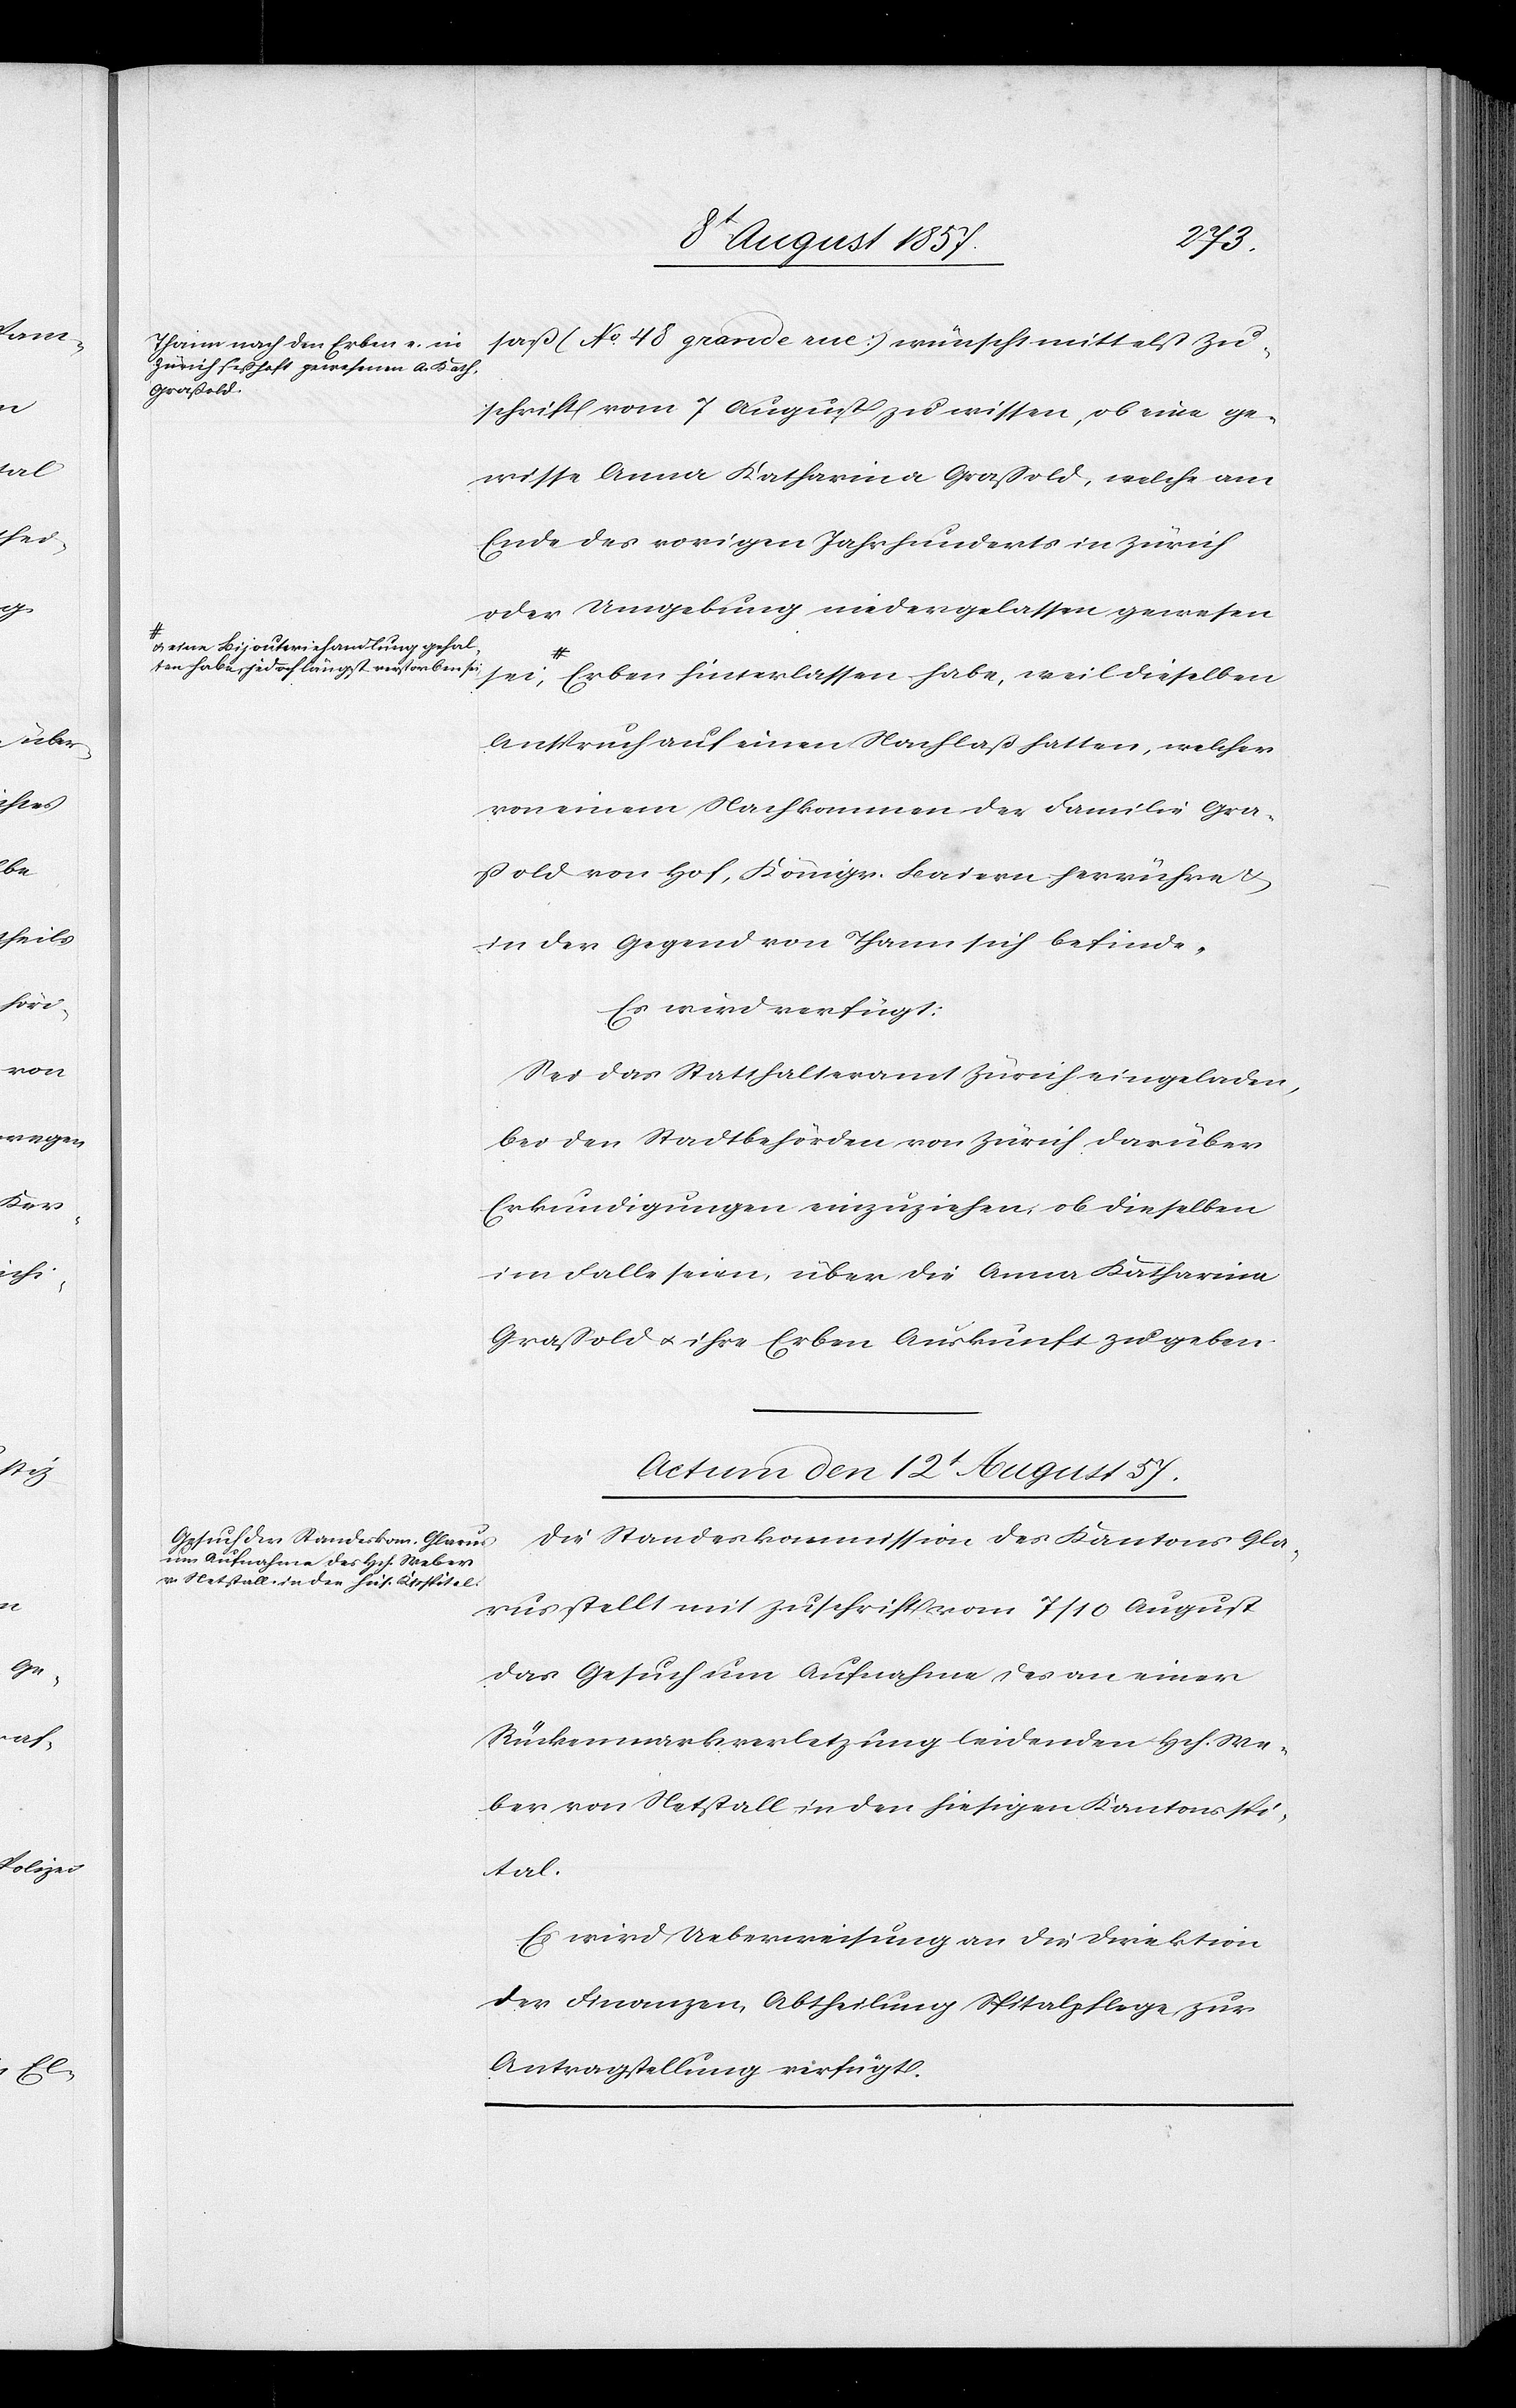
12t August 1857.
den
saß (No 48 grande rue) wünscht mittelst Zu¬
schrift vom 7 August zu wissen, ob eine ge¬
wisse Anna Katharina Grassold, welche am
Ende des vorigen Jahrhunderts in Zürich
oder Umgebung niedergelassen gewesen
a-u. eine Bijouteriehandlung gehal¬
ten habe, jedoch längst verstorben s¬
ei,-a Erben hinterlassen habe, weil dieselben
Anspruch auf einen Nachlaß hatten, welcher
von einem Nachkommen der Familie Gra¬
ssold von Hof, Königr. Baiern herrühre &
in der Gegend von Thann sich befinde.
Es wird verfügt:
Sei das Statthalteramt Zürich eingeladen,
bei den Stadtbehörden von Zürich, darüber
Erkundigungen einzuziehen, ob dieselben
im Falle seien, über die Anna Katharina
Grassold & ihre Erben Auskunft zu geben.
Die Standeskommission des Kantons Gla¬
rus stellt mit Zuschrift vom 7/10 August
das Gesuch um Aufnahme des an einer
Rückenmarkverletzung leidenden Hch. We¬
ber von Netstall in den hiesigen Kantonsspi¬
tal.
Es wird Ueberweisung an die Direktion
der Finanzen, Abtheilung Spitalpflege zur
Antragstellung verfügt.